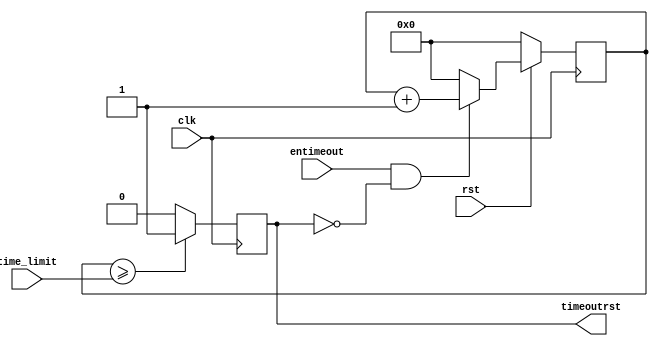
module timout_rst_module( 
   input   wire        clk, 
   input   wire        entimeout, 
   input   wire [31:0] time_limit, 
   input   wire        rst, 
   output  wire        timeoutrst
);
//40MHZ clock gives 25 ns
// Internal Declarations
reg [31:0] counter;
reg timeoutrstreg;


assign timeoutrst = timeoutrstreg;


always@(posedge clk)
begin 
if(!rst)
  begin
   counter <= 0;
  end
else 
begin 
  if(entimeout & !timeoutrstreg)
    counter <= {counter + 1};
  else 
    begin
     counter <= 0;
    end
  end
end


always@(posedge clk)
begin 
  if(counter >= time_limit)
      timeoutrstreg <= 1'b1;
  else
      timeoutrstreg <= 1'b0;
end 

endmodule